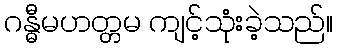
ဂန္ဓီမဟတ္တမ ကျင့်သုံးခဲ့သည်။